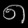
Digit: ၈